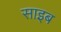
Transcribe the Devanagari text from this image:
साइब